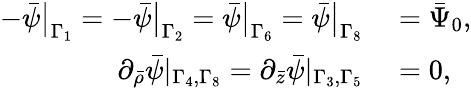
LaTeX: \begin{array}{rl}{-\bar{\psi}\big|_{\Gamma_{1}}=-\bar{\psi}\big|_{\Gamma_{2}}=\bar{\psi}\big|_{\Gamma_{6}}=\bar{\psi}\big|_{\Gamma_{8}}}&{{}=\bar{\Psi}_{0},}\\ {\partial_{\bar{\rho}}\bar{\psi}|_{\Gamma_{4},\Gamma_{8}}=\partial_{\bar{z}}\bar{\psi}|_{\Gamma_{3},\Gamma_{5}}}&{{}=0,}\end{array}